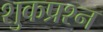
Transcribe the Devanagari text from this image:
शुकप्रश्न